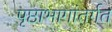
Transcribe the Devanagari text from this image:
पृष्ठाभागांतर्गत